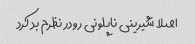
اصلا شیرینی ناپلونی رو در نظرم بد کرد